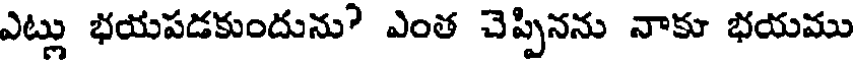
ఎట్లు భయపడకుందును? ఎంత చెప్పినను నాకు భయము